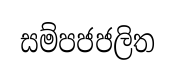
සම්පජජලිත